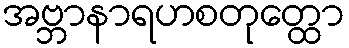
အဗ္ဘာနာရဟစတုတ္ထော